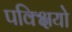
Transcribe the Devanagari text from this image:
पक्क्षियो